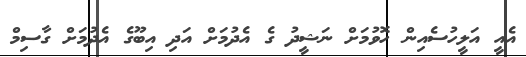
އެއީ އަލީހުސެއިން ހޮވުމަށް ނަޝީދު ގެ އެދުމަށް އަދި އިބޫގެ އެދުމަށް ގާސިމް